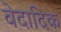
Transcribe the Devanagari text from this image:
वेदादिक